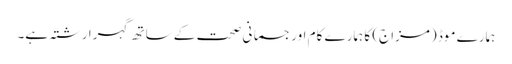
ہمارے موڈ (مزاج) کا ہمارے کام اور جسمانی صحت کے ساتھ گہرا رشتہ ہے۔